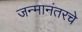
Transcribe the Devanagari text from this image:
जन्मानंतरचे